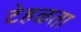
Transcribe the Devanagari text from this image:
टेहळता